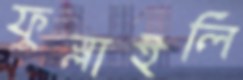
ফুস্‌লাইলি